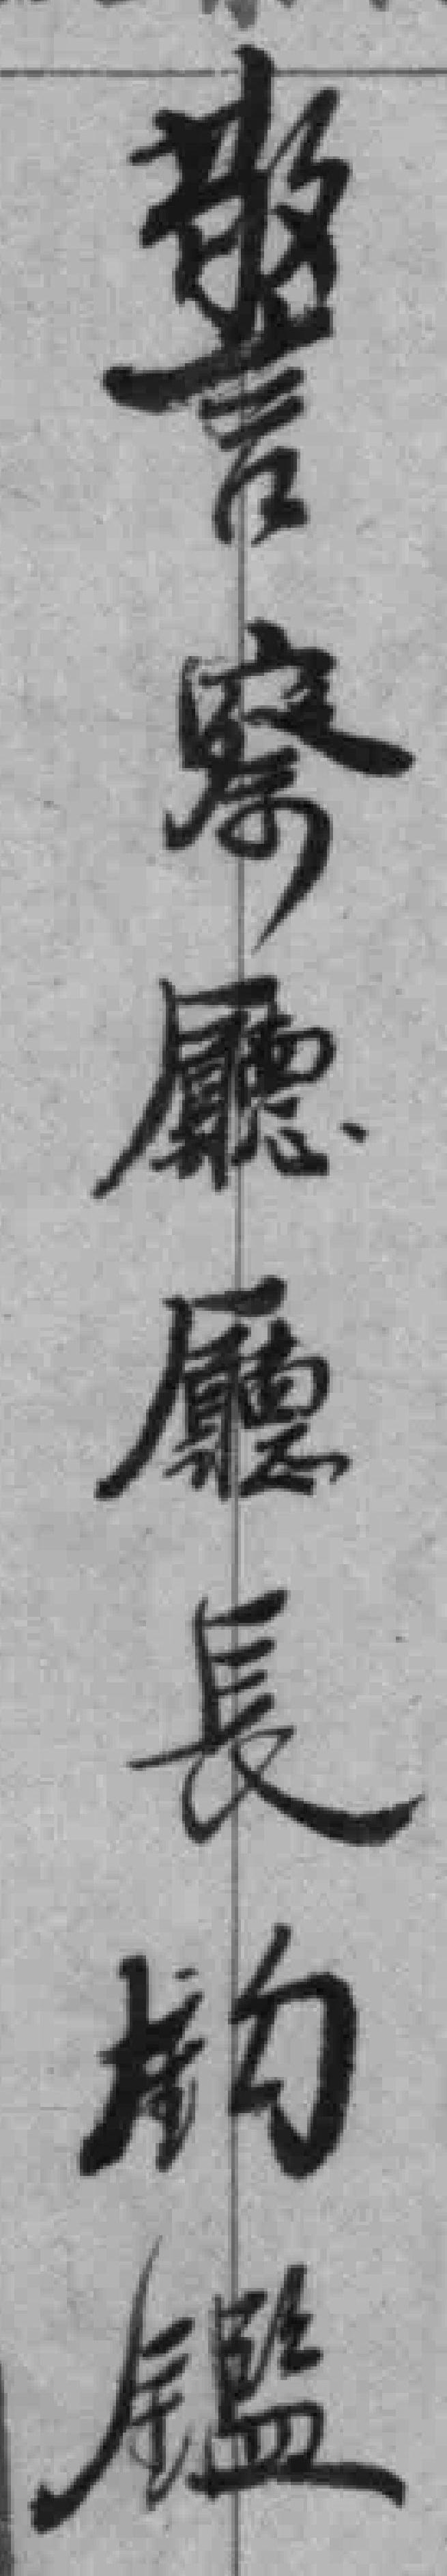
警察廳廳長鈞鑑